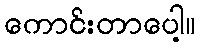
ကောင်းတာပေါ့။